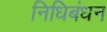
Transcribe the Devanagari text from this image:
निधिबंधन